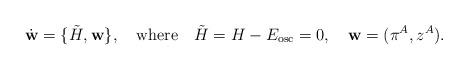
LaTeX: \begin{align*}\dot {\bf w}=\{{\tilde H} , {\bf w}\} , \quad {\rm where }\quad {\tilde H}=H-E_{\rm osc}=0,\quad{\bf w} =(\pi^A , z^A ). \end{align*}